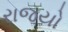
રાજયો